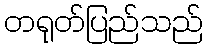
တရုတ်ပြည်သည်